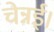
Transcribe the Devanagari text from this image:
चेन्नई।